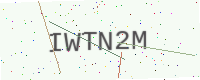
Text: IWTN2M